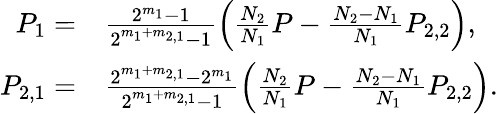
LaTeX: \begin{array}{rl}{P_{1}=}&{\frac{2^{m_{1}}-1}{2^{m_{1}+m_{2,1}}-1}\left(\frac{N_{2}}{N_{1}}P-\frac{N_{2}-N_{1}}{N_{1}}P_{2,2}\right),}\\ {P_{2,1}=}&{\frac{2^{m_{1}+m_{2,1}}-2^{m_{1}}}{2^{m_{1}+m_{2,1}}-1}\left(\frac{N_{2}}{N_{1}}P-\frac{N_{2}-N_{1}}{N_{1}}P_{2,2}\right).}\end{array}